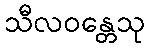
သီလဝန္တေသု